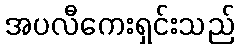
အပလီကေးရှင်းသည်